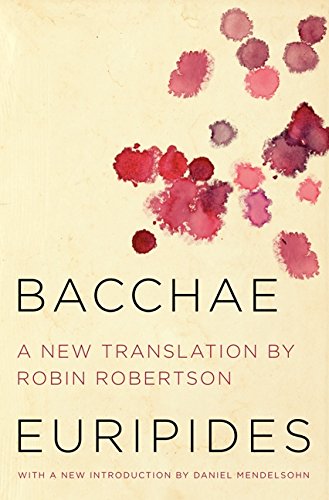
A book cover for Bacchae; Euripides; Literature & Fiction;